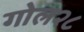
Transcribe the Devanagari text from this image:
गोल२८